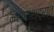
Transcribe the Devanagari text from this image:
महाराश्ट्रात